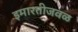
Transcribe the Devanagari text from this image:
इमारतीजवळ